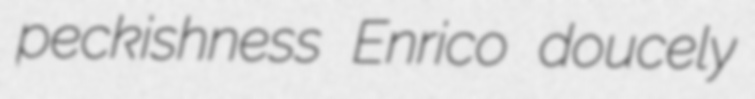
peckishness Enrico doucely